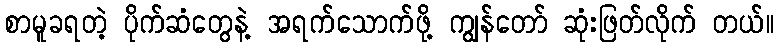
စာမူခရတဲ့ ပိုက်ဆံတွေနဲ့ အရက်သောက်ဖို့ ကျွန်တော် ဆုံးဖြတ်လိုက် တယ်။